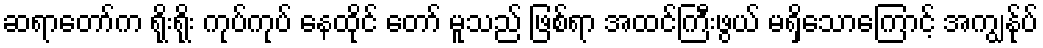
ဆရာတော်က ရိုးရိုး ကုပ်ကုပ် နေထိုင် တော် မူသည် ဖြစ်ရာ အထင်ကြီးဖွယ် မရှိသောကြောင့် အကျွန်ုပ်